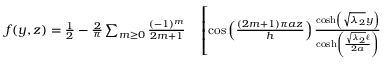
\begin{array} { r l } { f ( y , z ) = \frac { 1 } { 2 } - \frac { 2 } { \pi } \sum _ { m \geq 0 } \frac { ( - 1 ) ^ { m } } { 2 m + 1 } } & { { } \left[ \cos \left( \frac { ( 2 m + 1 ) \pi a z } { h } \right) \frac { \cosh \left( \sqrt { \lambda _ { 2 } } y \right) } { \cosh \left( \frac { \sqrt { \lambda _ { 2 } } \ell } { 2 a } \right) } \right. } \end{array}